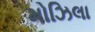
મોઝિલા